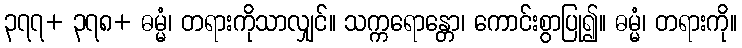
၃၇၇+ ၃၇၈+ ဓမ္မံ၊ တရားကိုသာလျှင်။ သက္ကရောန္တော၊ ကောင်းစွာပြု၍။ ဓမ္မံ၊ တရားကို။